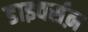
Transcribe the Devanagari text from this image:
डाइवर्सऩ